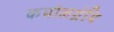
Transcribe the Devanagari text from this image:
कपोलग्रंथि